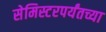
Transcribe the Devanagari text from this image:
सेमिस्टरपर्यंतच्या